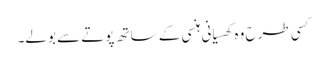
کسی طرح وہ کھسیانی ہنسی کے ساتھ پوتے سے بولے۔